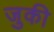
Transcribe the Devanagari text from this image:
जुकी